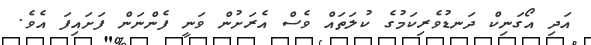
އަދި އޯގަނިކް ދަނޑުވެރިކަމުގެ ކުލަތައް ވެސް އެރަށުން ވަނީ ފެންނަން ފަށައިފަ އެވެ.